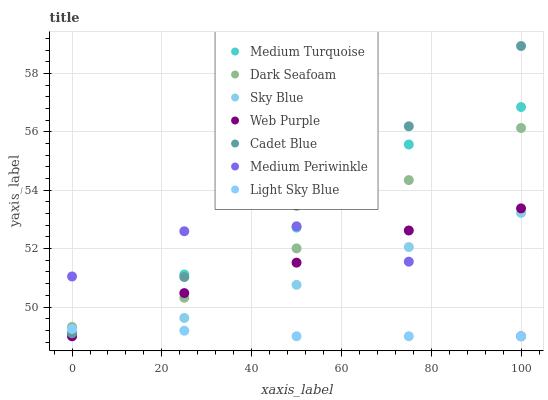
| xaxis_label | Medium Turquoise | Dark Seafoam | Sky Blue | Web Purple | Cadet Blue | Medium Periwinkle | Light Sky Blue |
 | --- | --- | --- | --- | --- | --- | --- | --- |
 | 0 | 49.1 | 49.3 | 49 | 49 | 49.1 | 51 | 49.2 |
 | 25 | 51.1 | 50.3 | 49.6 | 50.5 | 51 | 52.6 | 49.2 |
 | 50 | 52.7 | 52 | 50.8 | 51.5 | 53.5 | 52.8 | 49 |
 | 75 | 55.6 | 54.3 | 52.1 | 52.6 | 56.2 | 51.6 | 49 |
 | 100 | 56.8 | 56.1 | 53.2 | 53.4 | 58.9 | 49 | 49 |